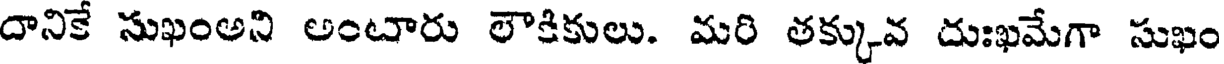
దానికే సుఖంఅని అంటారు లౌకికులు. మరి తక్కువ దుఃఖమేగా సుఖం